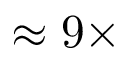
\approx 9 \times